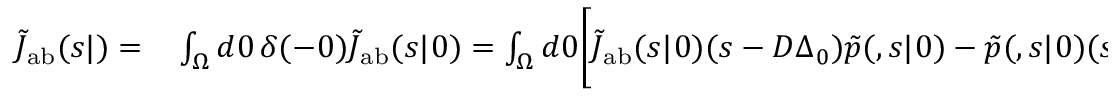
\begin{array} { r l } { \tilde { J } _ { \mathrm { { a b } } } ( s | \r ) = } & { { } \int _ { \Omega } d \r _ { 0 } \, \delta ( \r - \r _ { 0 } ) \tilde { J } _ { \mathrm { { a b } } } ( s | \r _ { 0 } ) = \int _ { \Omega } d \r _ { 0 } \biggl [ \tilde { J } _ { \mathrm { { a b } } } ( s | \r _ { 0 } ) ( s - D \Delta _ { \r _ { 0 } } ) \tilde { p } ( \r , s | \r _ { 0 } ) - \tilde { p } ( \r , s | \r _ { 0 } ) ( s - D \Delta _ { \r _ { 0 } } ) \tilde { J } _ { \mathrm { { a b } } } ( s | \r _ { 0 } ) \biggr ] } \end{array}